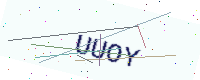
Text: UUOY